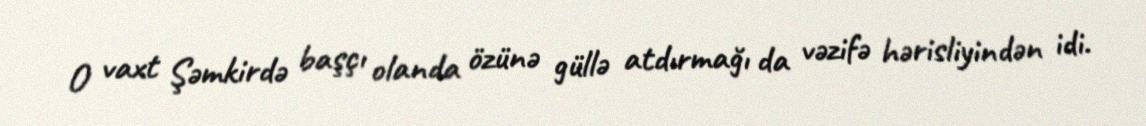
O vaxt Şəmkirdə başçı olanda özünə güllə atdırmağı da vəzifə hərisliyindən idi.